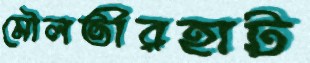
মৌলভীরহাট